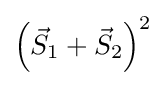
\left({\vec {S}}_{1}+{\vec {S}}_{2}\right)^{2}